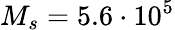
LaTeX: M_{s}=5.6\cdot 10^{5}